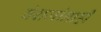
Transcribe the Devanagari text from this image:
वंशजांनाही